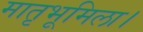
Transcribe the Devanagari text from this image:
मातृभूमिला।